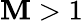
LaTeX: \mathbf{M}>1